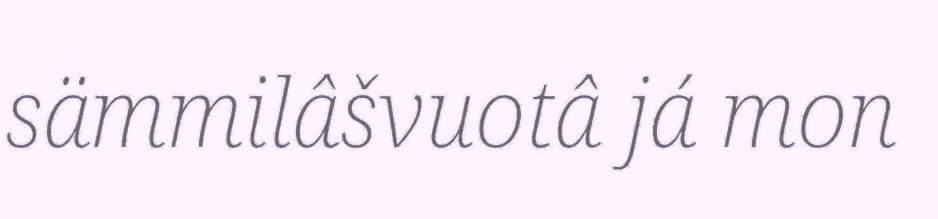
sämmilâšvuotâ já mon